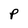
Character: P